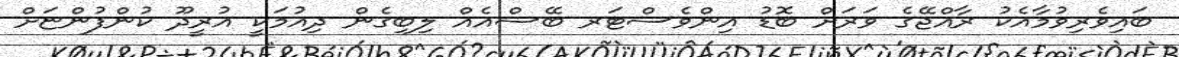
ބައިވެރިވުމާއެކު ރާއްޖޭގެ ވަރަށް ބޮޑު އިންވެސްޓަރ ބޭސްއެއް ލިބިގެން ދިއުމަކީ އުރީދޫ ކުންފުންޏަށް